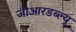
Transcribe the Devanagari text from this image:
जीआरडब्ल्यू